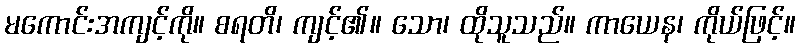
မကောင်းအကျင့်ကို။ စရတိ၊ ကျင့်၏။ သော၊ ထိုသူသည်။ ကာယေန၊ ကိုယ်ဖြင့်။